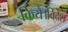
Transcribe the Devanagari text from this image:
किये।विदेश